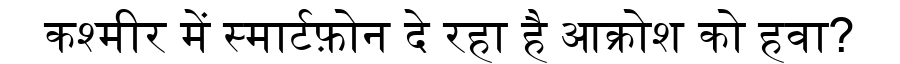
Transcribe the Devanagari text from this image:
कश्मीर में स्मार्टफ़ोन दे रहा है आक्रोश को हवा?